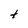
Character: t